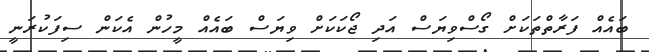
ބައެއް ފަރާތްތަކަށް ގޯސްވިޔަސް އަދި ޖޯކަކަށް ވިޔަސް ބައެއް މީހުން އެކަން ސިފަކުރަނީ